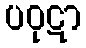
ပဝုဋာ